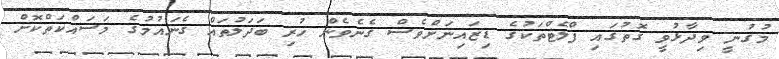
މުގުނީ ވިދާޅުވީ ގޮތުގައި ފްލެޓްތަކުގެ ޑިޒައިނަށްވެސް ގެނެވެން ހުރި ބަދަލުތައް ގެނައުމުގެ މަސައްކަތްކޮށް